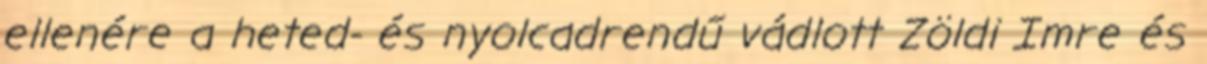
ellenére a heted- és nyolcadrendű vádlott Zöldi Imre és